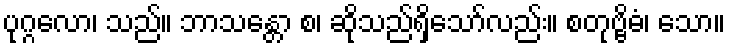
ပုဂ္ဂလော၊ သည်။ ဘာသန္တော စ၊ ဆိုသည်ရှိသော်လည်း။ စတုဗ္ဗိဓံ၊ သော။